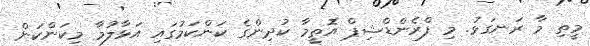
މީތި މާ ރަނގަޅު. މި ފްރެންޑްޝިޕް އޮތީމާ ކުދިންގެ ކަންކަމުގައި އަޅާލުމާ މިކަންކަން